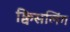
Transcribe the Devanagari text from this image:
क्विसलिंग